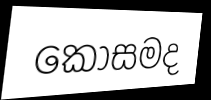
කෝසමද